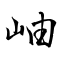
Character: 岫